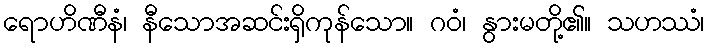
ရောဟိဏီနံ၊ နီသောအဆင်းရှိကုန်သော။ ဂဝံ၊ နွားမတို့၏။ သဟဿံ၊